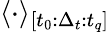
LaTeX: \langle\cdot\rangle_{[t_{0}:\Delta_{t}:t_{q}]}